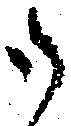
御